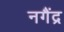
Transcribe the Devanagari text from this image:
नगैंद्र